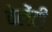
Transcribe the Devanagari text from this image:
वेलेंटी